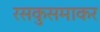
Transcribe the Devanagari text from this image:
रसकुसमाकर